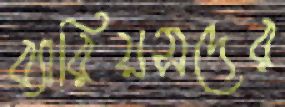
ব্যারিয়সদের